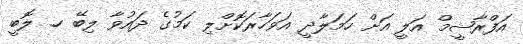
އަފްރާޝީމް އަލީ އަށް ހަމަލާދީ އަވަހާރަކޮށްލި ކަމުގެ ދައުވާ ލިބޭ ހ. ލޮބީ